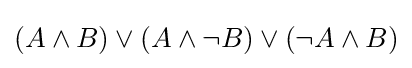
(A\land B)\lor (A\land \lnot B)\lor (\lnot A\land B)